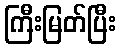
ကြီးမြတ်ပြီး